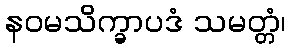
နဝမသိက္ခာပဒံ သမတ္တံ၊